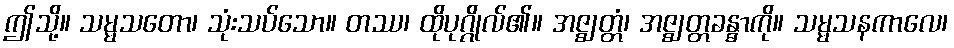
ဤသို့။ သမ္မသတော၊ သုံးသပ်သော။ တဿ၊ ထိုပုဂ္ဂိုလ်၏။ အဇ္ဈတ္တံ၊ အဇ္ဈတ္တခန္ဓာကို။ သမ္မသနကာလေ၊